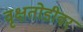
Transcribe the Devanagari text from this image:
वृक्षतोडीवर